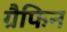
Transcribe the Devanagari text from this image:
ग्रैफिन